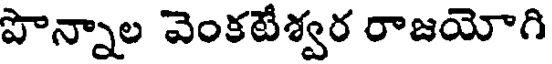
పొన్నాల వెంకటేశ్వర రాజయోగి